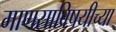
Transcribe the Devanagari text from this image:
माणसाविषयीच्या